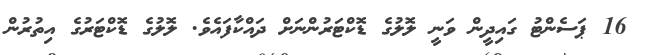
16 ޕަސެންޓު ގައިދީން ވަނީ ލޮލުގެ ޑޮކްޓަރުންނަށް ދައްކާފައެވެ. ލޮލުގެ ޑޮކްޓަރުގެ އިތުރުން